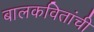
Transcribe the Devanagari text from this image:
बालकवितांची